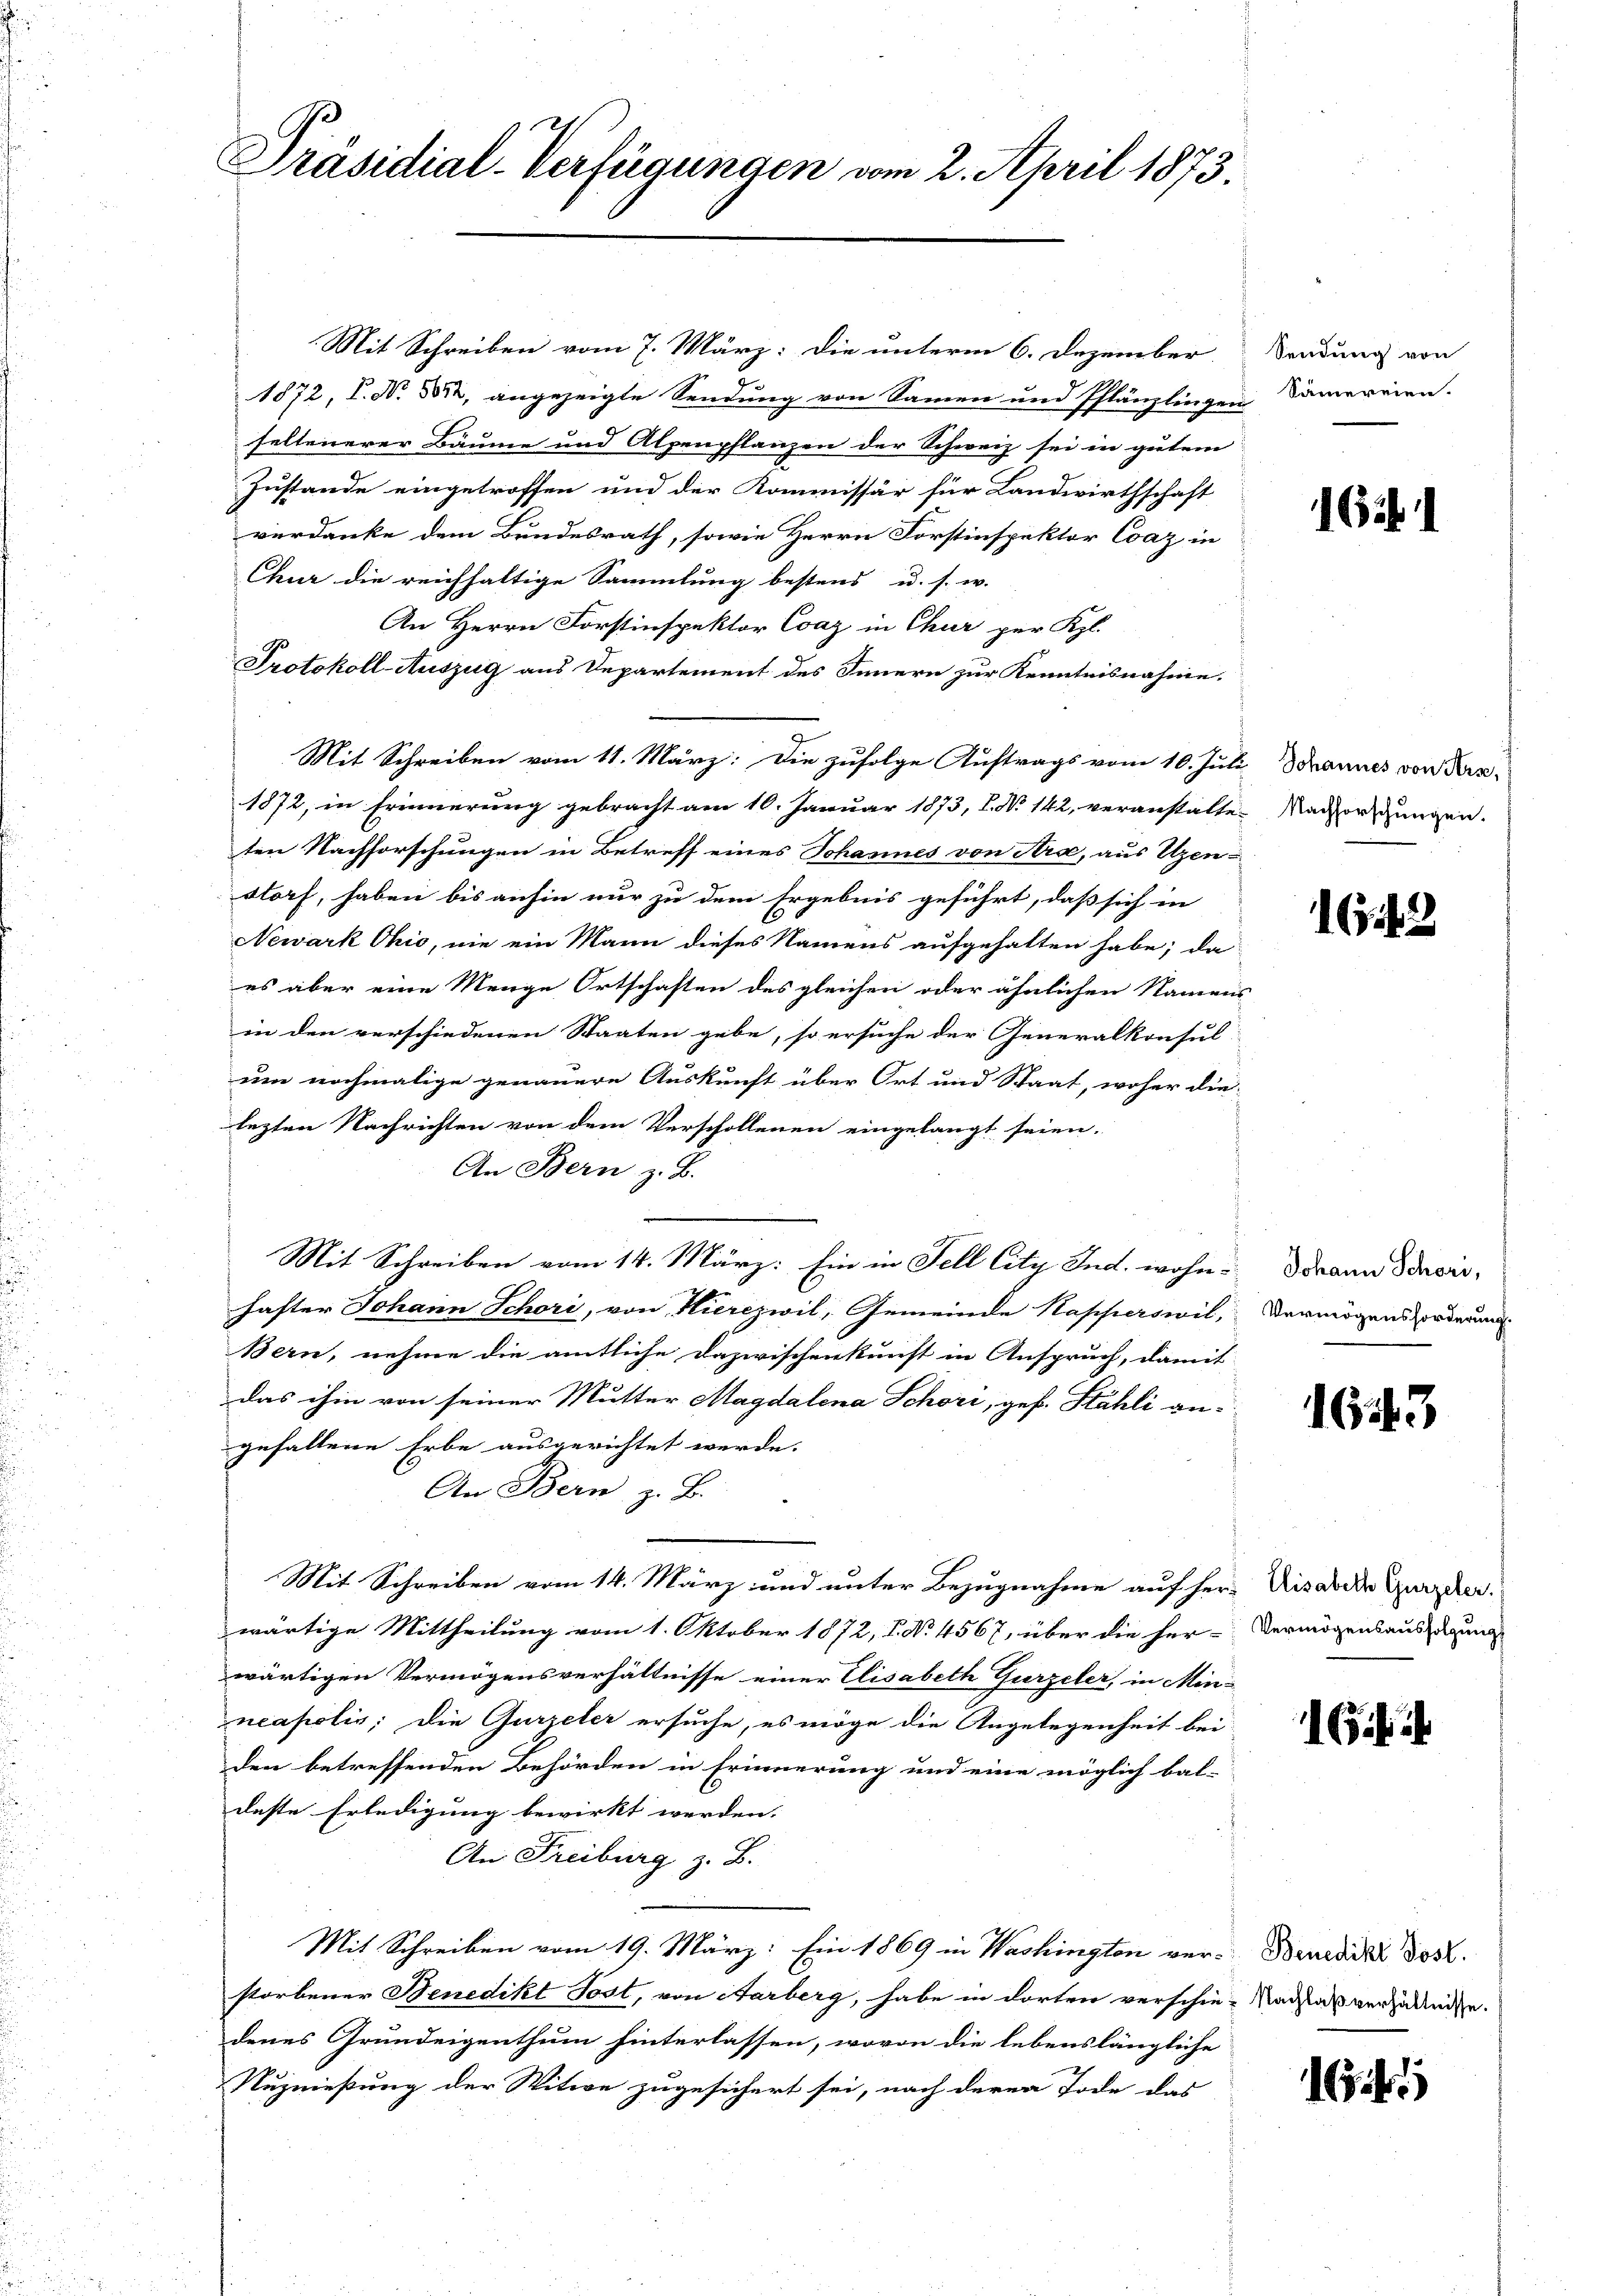
Präsidial-Verfügungen vom 2. April 1873.

Mit Schreiben vom 7. März: die unterm 6. Dezember Sendung von
1872, I. No. 322, angezeigte Sendung von Samen und Pflänzlingen Camereien.
seltenerer Bäume und Alpenpflanzen der Schweiz sei in gutem
Zustande eingetroffen und der Kommissär für Landwirthschaft
verdanke dem Bundesrath, sowie Herrn Forstinspektor Coaz in
Chur die reichhaltige Sammlung bestend u. s. w.
An Herrn Forstinspektor Coaz in Chur per Kgl.
Protokoll-Auszug aus Departement des Innern zur Kenntnisnahme.
Mit Schreiben vom 11. März: Die zufolge Auftrags vom 10. Juli Schannes von Kir¬
1872, in Erinnerung gebracht am 10. Januar 1873, l. No. 142, veranstatte. Nachforschungen.
ten Nachforschungen in Betreff eines Johannes von Ara, aus Uzen-
storf, haben bis anhin nur zu dem Ergebnis geführt, daß sich in
Newark Ohio, nie ein Mann dieses Namens aufgehalten habe; da
es aber eine Menge Ortschaften des gleichen oder ähnlichen Namens
in den verschiedenen Staaten gebe, so ersuche der Generalkonsul
um nochmalige genauere Auskunft über Ort und Staat, woher die
lezten Nachrichten von dem Verschollenen eingelangt seien.
An Bern z. B.
.
Mit Schreiben vom 14. März: Ein in Fell lity Jnd. wohn-Brann Schoro-
hafter Johann Schori, von Hierczwil, Gemeinde Napperswil, Vermögens orderung
Bern, nehme die amtliche Dazwischenkunft in Anspruch, damit
das ihm von seiner Mutter Magdalena Schöri, ges. Stähli an-
gefallene Erbe ausgerichtet werde.
An Bern z. B.
Mit Schreiben vom 14. März und unter Bezugnahme auf her-Disarde Zureden.
wärtige Mittheilung vom 1. Oktober 1872, P. Nr. 4567, über die her-Vermögensausserung
wärtigen Vermögensverhältnisse einer Elisabeth Gurzeler, in Minneapolis; die Gurzeler ersuche, es möge die Angelegenheit bei
den betreffenden Behörden in Erinnerung und eine möglich bal-
deste Erledigung bewirkt werden.
An Freiburg z. B.
Mit Schreiben vom 19. März: Ein 1869 in Washington ver- Benedii Jos.
storbener Benedikt Post, von Aarberg, habe in dorten verschie-Nachlaß verzalleite.
denes Grundeigenthum hinterlassen, wovon die lebenslängliche
Nuznießung der Witwe zugesichert sei, nach deren Tode das

162. 1

1642

1643

6

16